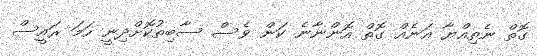
ގޮތް ނެތިއްޔާ އަނެއް ގޮތް އޮންނާނެ ކަން ވެސް ސާބިތުކޮށްދިނީ ހަމަ ރައީސް